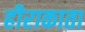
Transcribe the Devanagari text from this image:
हीराकाता